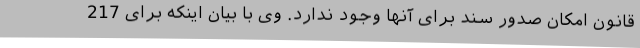
قانون امکان صدور سند برای آنها وجود ندارد. وی با بیان اینکه برای 217